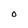
Character: o